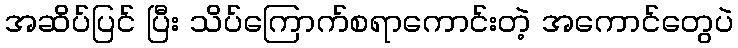
အဆိပ်ပြင် ပြီး သိပ်ကြောက်စရာကောင်းတဲ့ အကောင်တွေပဲ